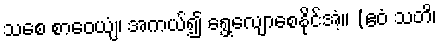
သစေ စာဝေယျံ၊ အကယ်၍ ရွေ့လျောစေနိုင်အံ့။ (ဧဝံ သတိ၊